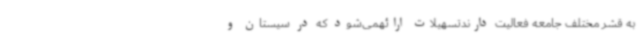
به قشر مختلف جامعه فعالیت دارندتسهیلات ارائهمی‌شود که در سیستان و